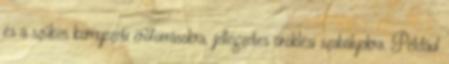
és a szűkös környezeti erőforrásokra, jellegzetes öröklési szabályokra. Például